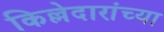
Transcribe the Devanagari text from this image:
किल्लेदारांच्या